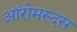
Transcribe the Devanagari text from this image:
ऑरोमस्दस